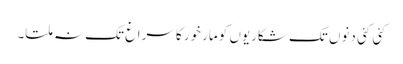
کئی کئی دنوں تک شکاریوں کو مارخور کا سراغ تک نہ ملتا۔